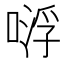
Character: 𠸷